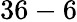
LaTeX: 36-6